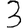
Digit: 3